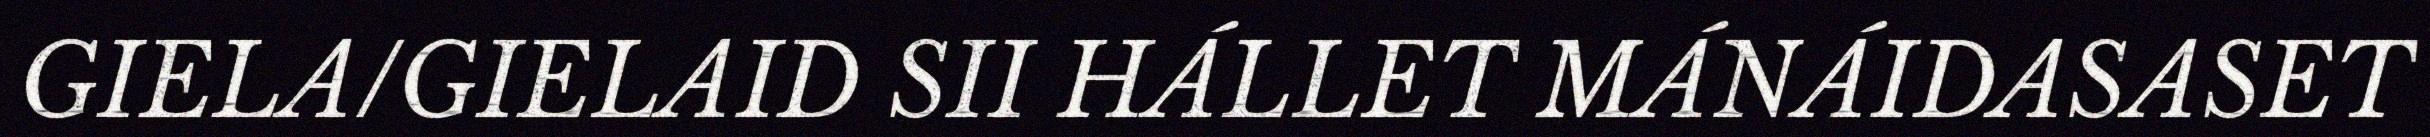
GIELA/GIELAID SII HÁLLET MÁNÁIDASASET